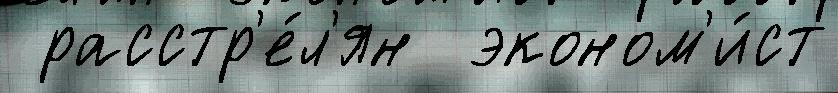
 расстр'е́л'ян  эконом'и́ст